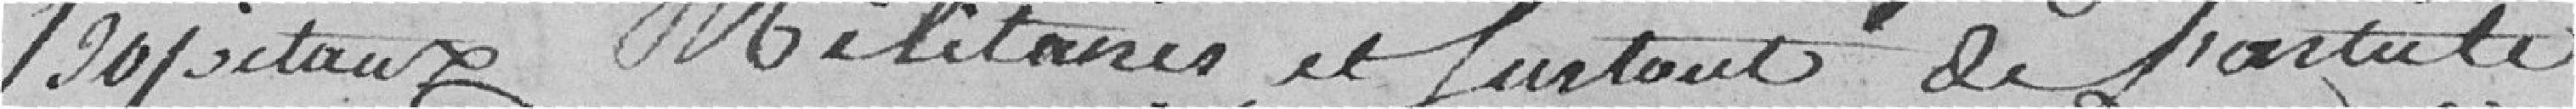
hôpitaux militaires et surtout de l'article